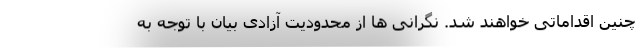
چنین اقداماتی خواهند شد. نگرانی ها از محدودیت آزادی بیان با توجه به